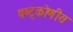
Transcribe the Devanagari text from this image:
षष्ट्कोणीय